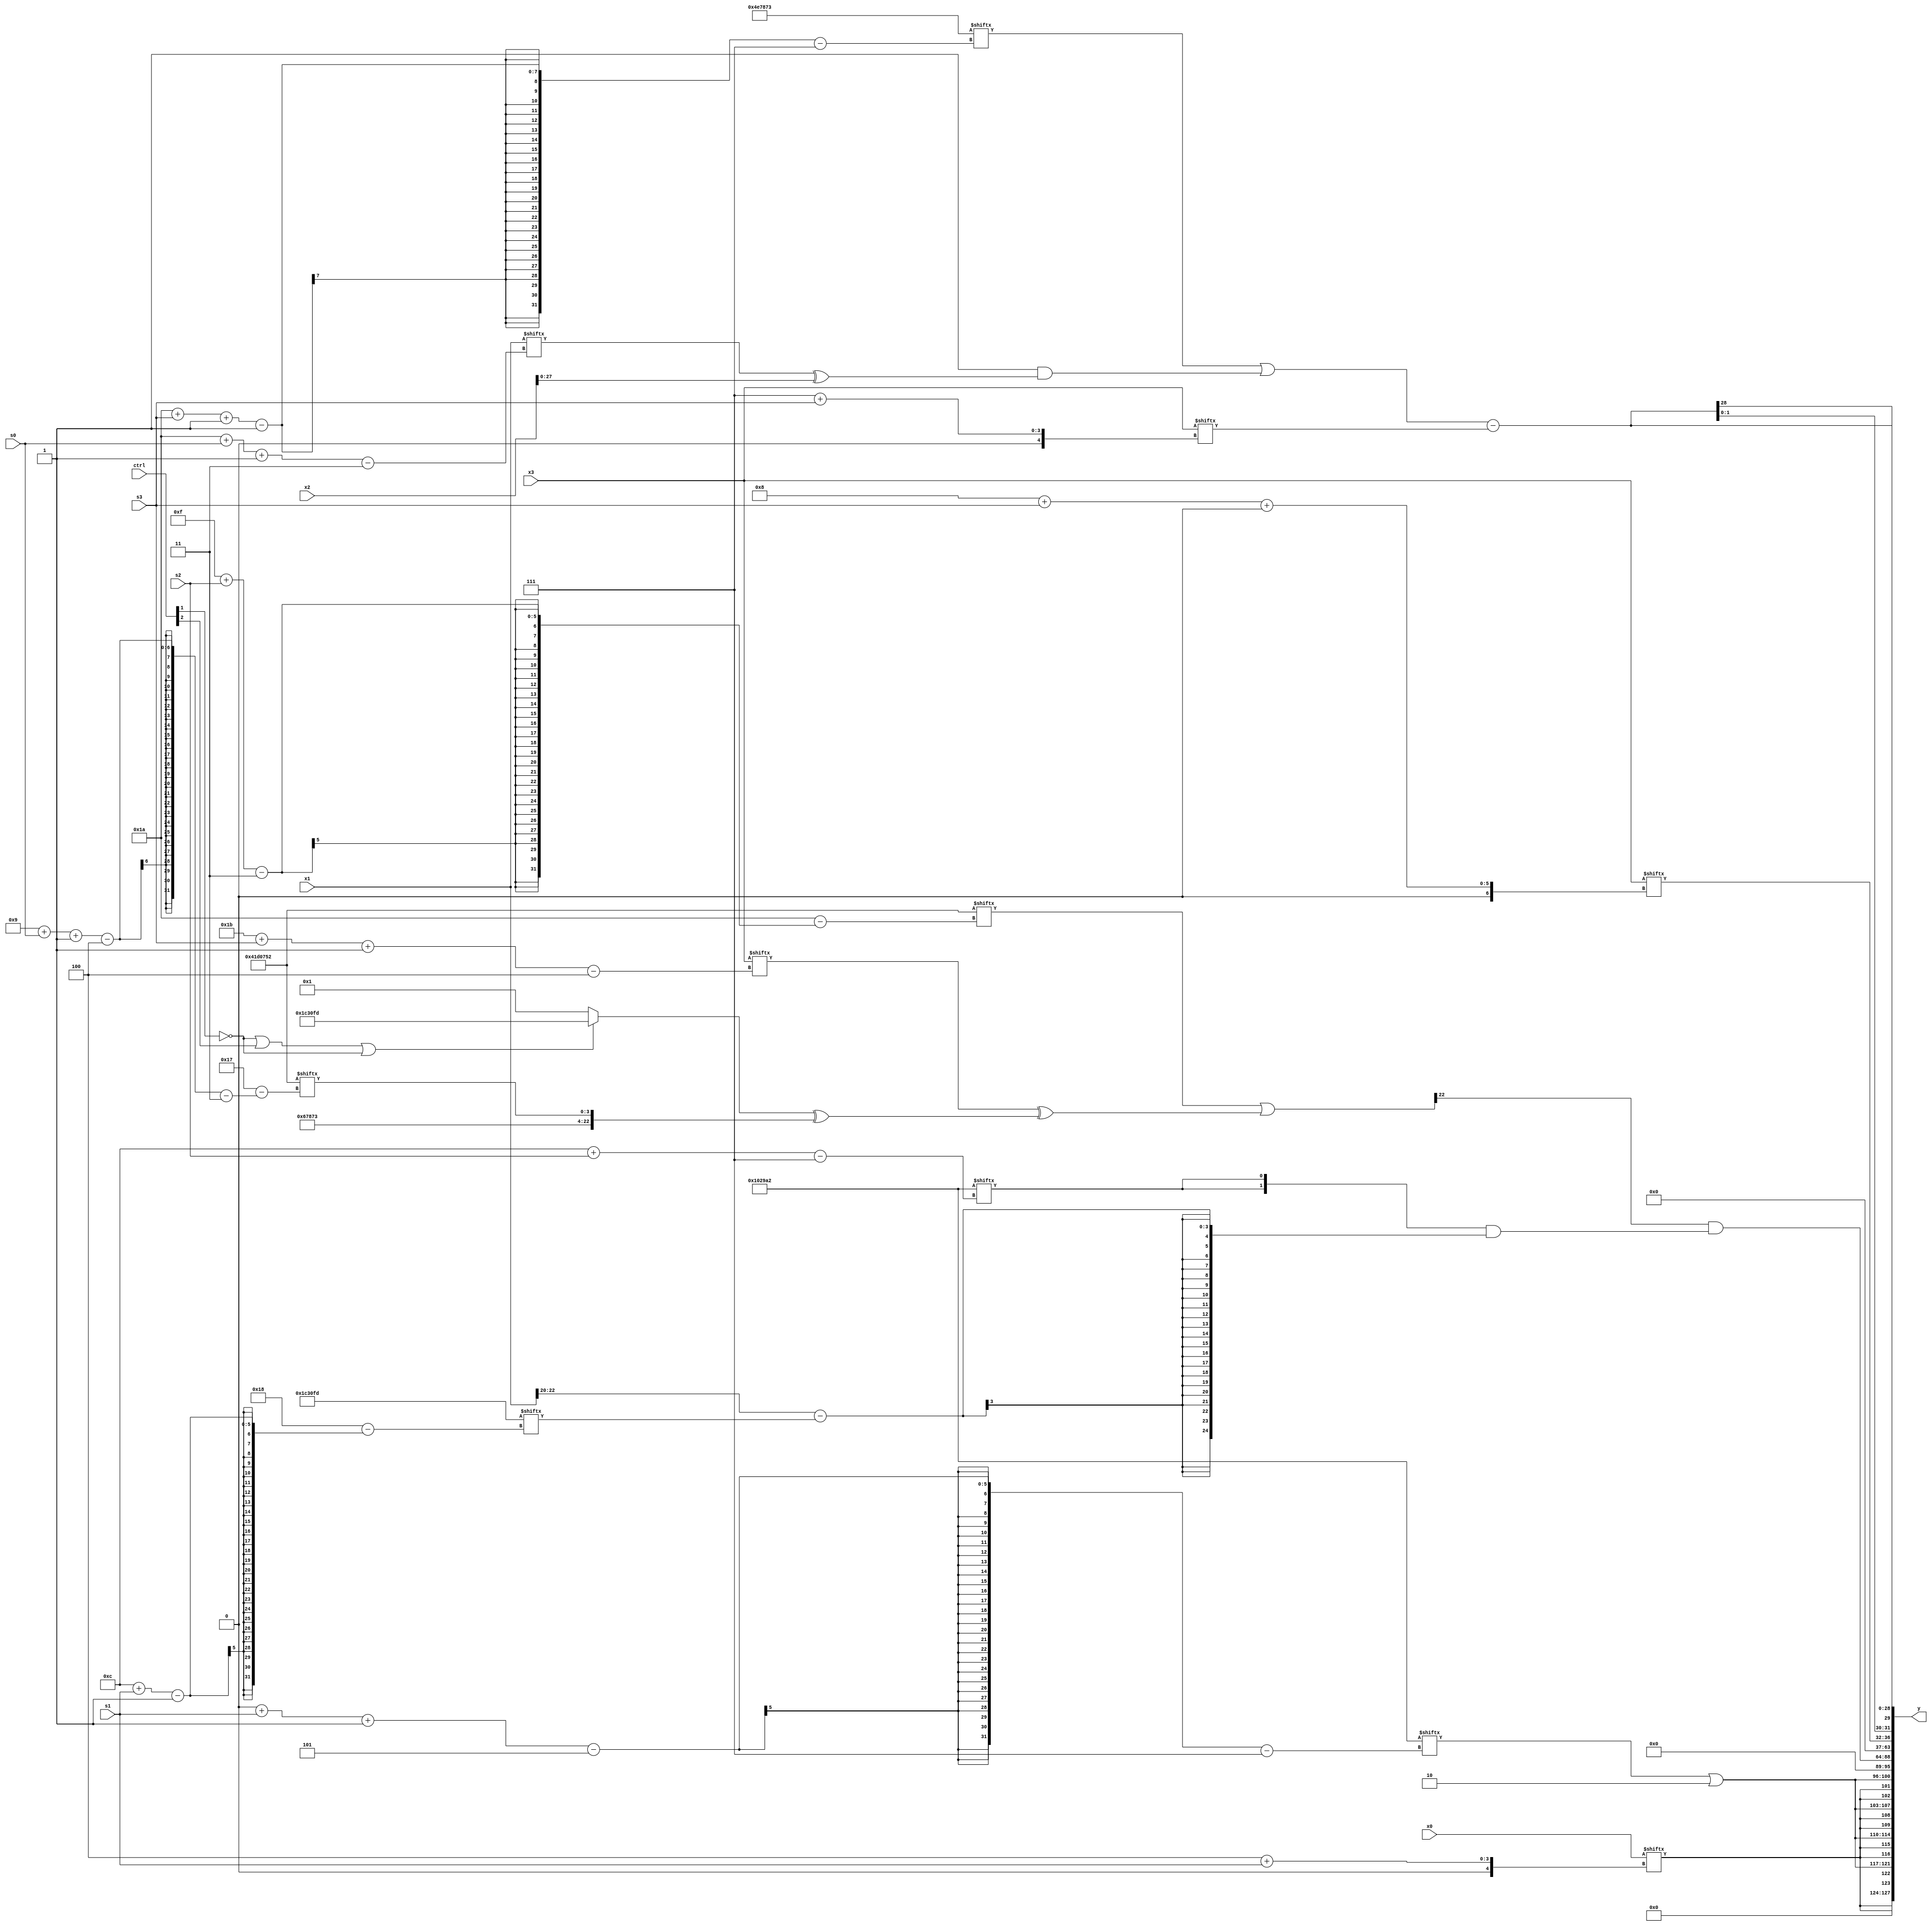
module partsel_00207(ctrl, s0, s1, s2, s3, x0, x1, x2, x3, y);
  input [3:0] ctrl;
  input [2:0] s0;
  input [2:0] s1;
  input [2:0] s2;
  input [2:0] s3;
  input signed [31:0] x0;
  input [31:0] x1;
  input [31:0] x2;
  input [31:0] x3;
  wire [27:0] x4;
  wire signed [5:28] x5;
  wire signed [28:0] x6;
  wire signed [29:5] x7;
  wire [27:3] x8;
  wire signed [4:30] x9;
  wire [31:2] x10;
  wire [5:29] x11;
  wire [29:6] x12;
  wire [30:2] x13;
  wire signed [29:5] x14;
  wire [24:7] x15;
  output [127:0] y;
  wire signed [31:0] y0;
  wire [31:0] y1;
  wire signed [31:0] y2;
  wire signed [31:0] y3;
  assign y = {y0,y1,y2,y3};
  localparam [3:29] p0 = 69011282;
  localparam [27:7] p1 = 596650402;
  localparam signed [1:25] p2 = 68956413;
  localparam signed [30:7] p3 = 223246451;
  assign x4 = (p0[19 -: 2] & (x1[26 + s0 -: 3] ^ x2));
  assign x5 = p3;
  assign x6 = p3;
  assign x7 = (!ctrl[2] && ctrl[0] && !ctrl[2] ? {2{{2{p0[2 + s2 -: 5]}}}} : (ctrl[1] || !ctrl[1] || ctrl[3] ? (({2{x0}} | {p2[24 + s2 +: 3], (x5[8] & p2[13])}) + {2{{(x3[15 + s0] | p3[4 + s1]), x1[14 + s3]}}}) : x0[16]));
  assign x8 = p0[9 +: 3];
  assign x9 = {2{(p0[15 + s2] | (x3[27 + s3 -: 4] ^ ((!ctrl[1] || ctrl[2] || !ctrl[1] ? p2 : p2[12 -: 4]) ^ {x6, p0[9 + s0 -: 4]})))}};
  assign x10 = x4;
  assign x11 = p1;
  assign x12 = p2[23 -: 2];
  assign x13 = p2;
  assign x14 = ({2{p1[12 + s2]}} & (x1[22 -: 3] - p2[12 + s1]));
  assign x15 = (!ctrl[1] && !ctrl[2] || !ctrl[1] ? {2{{x12[4 + s3 +: 3], x4}}} : x6);
  assign y0 = {2{{2{{{2{x0[4 + s1]}}, (p1[0 + s1 -: 5] | p0[11 +: 2])}}}}};
  assign y1 = (x9[8] & x14);
  assign y2 = x3[8 + s3 +: 5];
  assign y3 = {{p2[7 + s1], x0[18]}, {2{((p3[26 + s3 -: 1] | x10) - x3[7 + s3])}}};
endmodule